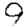
Digit: 9